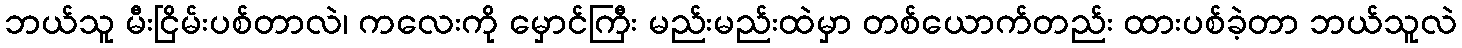
ဘယ်သူ မီးငြိမ်းပစ်တာလဲ၊ ကလေးကို မှောင်ကြီး မည်းမည်းထဲမှာ တစ်ယောက်တည်း ထားပစ်ခဲ့တာ ဘယ်သူလဲ